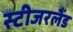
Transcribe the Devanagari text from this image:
स्टीजरलैंड